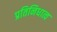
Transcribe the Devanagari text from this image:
प्रतिनिधात्व